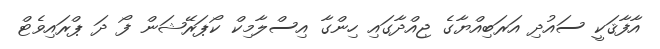
އާފާޤަކީ ސައުދި އަރަބިއްޔާގެ ޖިއްދާގައި ހިންގާ އިސްލާމިކް ކޯޕަރޭޝަން ފޯ ދަ ޕްރައިވެޓް